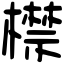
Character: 㯲